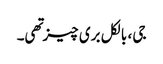
جی ، بالکل بری چیز تهی۔